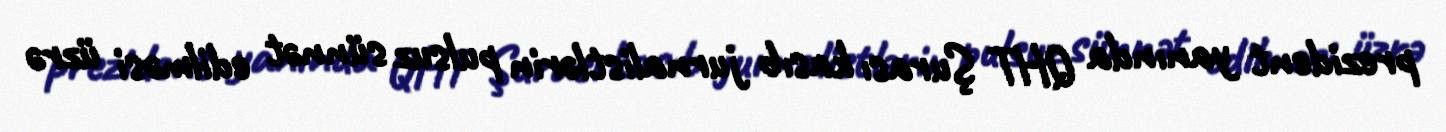
prezident yanında QHT Şurası kasıb jurnalistlərin pulsuz sünnət edilməsi üzrə